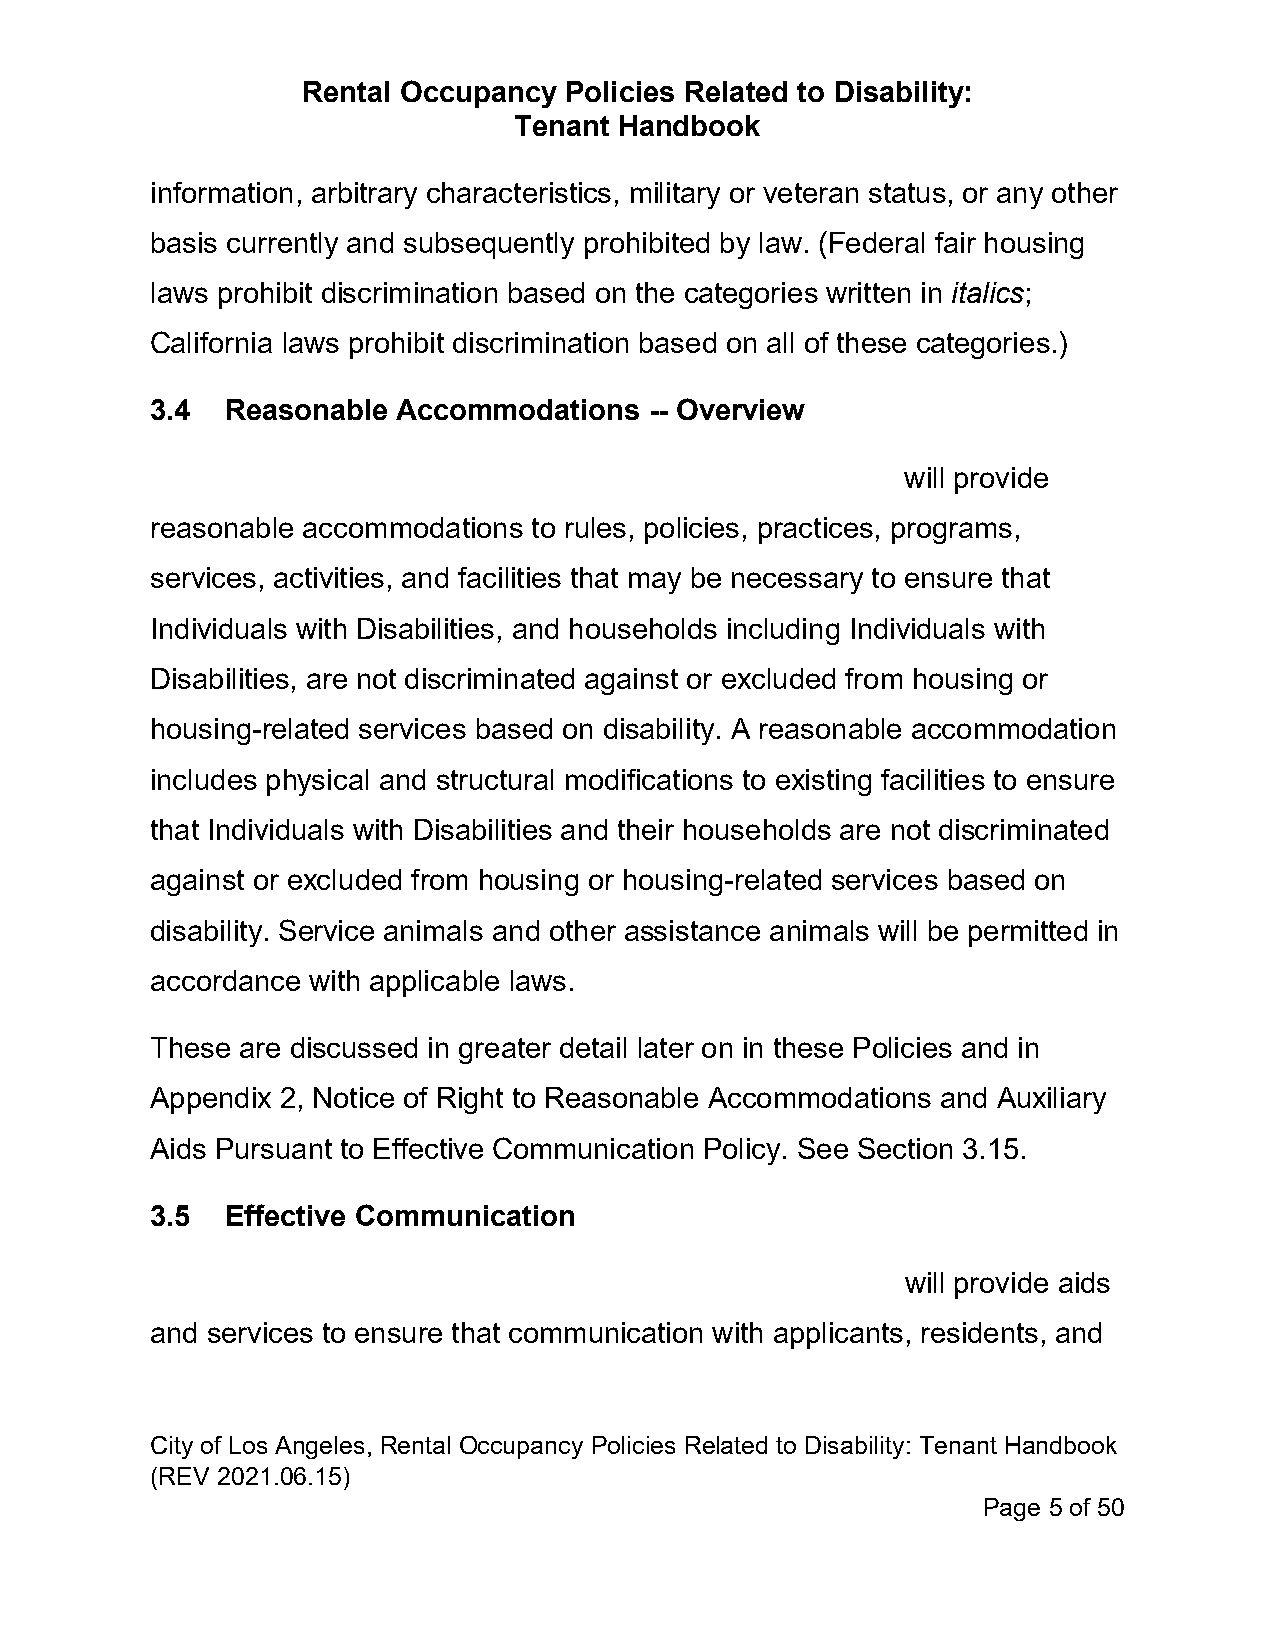
Rental Occupancy Policies Related to Disability:
 Tenant Handbook
 information, arbitrary characteristics, military or veteran status, or any other
 basis currently and subsequently prohibited by law. (Federal fair housing
 laws prohibit discrimination based on the categories written in italics;
 California laws prohibit discrimination based on all of these categories.)
 3.4  Reasonable Accommodations   -- Overview
 will provide
 reasonable accommodations to rules, policies, practices, programs,
 services, activities, and facilities that may be necessary to ensure that
 Individuals with Disabilities, and households including Individuals with
 Disabilities, are not discriminated against or excluded from housing or
 housing-related services based on disability. A reasonable accommodation
 includes physical and structural modifications to existing facilities to ensure
 that Individuals with Disabilities and their households are not discriminated
 against or excluded from housing or housing-related services based on
 disability. Service animals and other assistance animals will be permitted in
 accordance with applicable laws.
 These are discussed in greater detail later on in these Policies and in
 Appendix 2, Notice of Right to Reasonable Accommodations and Auxiliary
 Aids Pursuant to Effective Communication Policy. See Section 3.15.
 3.5  Effective Communication
 will provide aids
 and services to ensure that communication with applicants, residents, and
 City of Los Angeles, Rental Occupancy Policies Related to Disability: Tenant Handbook
 (REV 2021.06.15)
 Page 5 of 50